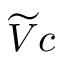
\widetilde { V } c